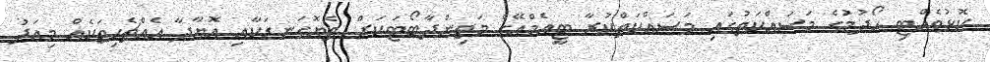
ކޮޅުވެއްޓި ހޯދުމުގެ މަސައްކަތުގައި މަސައްކަތްކުރާ ޓީއެމްއޭގެ މަތިންދާބޯޓަކަށް ތެޔޮގަނޑަކާއި އޮޔާދާ އެއްޗެހިތަކެއް މިއަދު